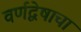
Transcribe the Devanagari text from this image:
वर्णद्वेषाचा